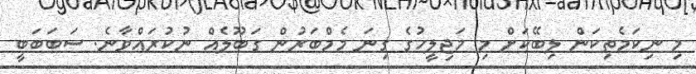
މި ނިކަމެތިކަން ލިބޭކަށް މި މަޖިލީހުގެ ގިނަ މެމްބަރުން ގަބޫލެއް ނުކުރައްވާނެ. ސަަބަބަބީ